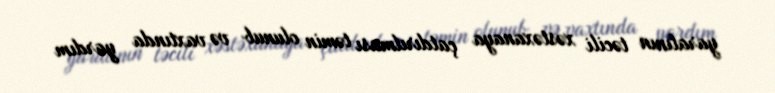
yaralının təcili xəstəxanaya çatdırılması təmin olunub və vaxtında yardım